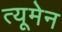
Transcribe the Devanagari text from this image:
त्यूमेन